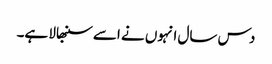
دس سال انہوں نے اسے سنبھالا ہے۔